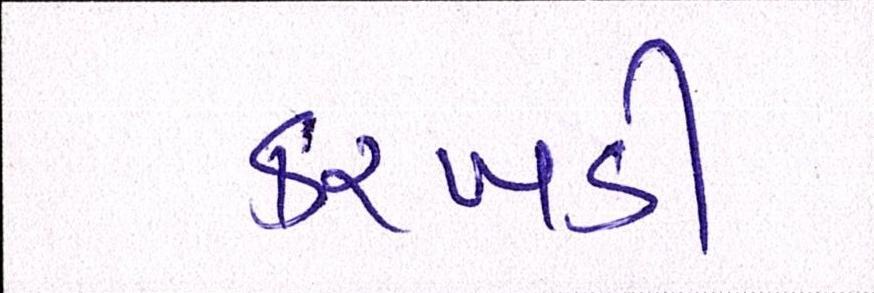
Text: કરખડી